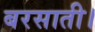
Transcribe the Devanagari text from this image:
बरसाती।